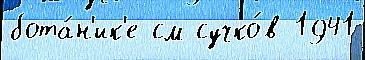
бота́н'ик'е см сучко́в 1941